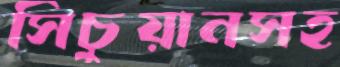
সিচুয়ানসহ